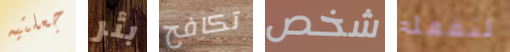
جعلتيه بئر تكافح شخص لنفعله